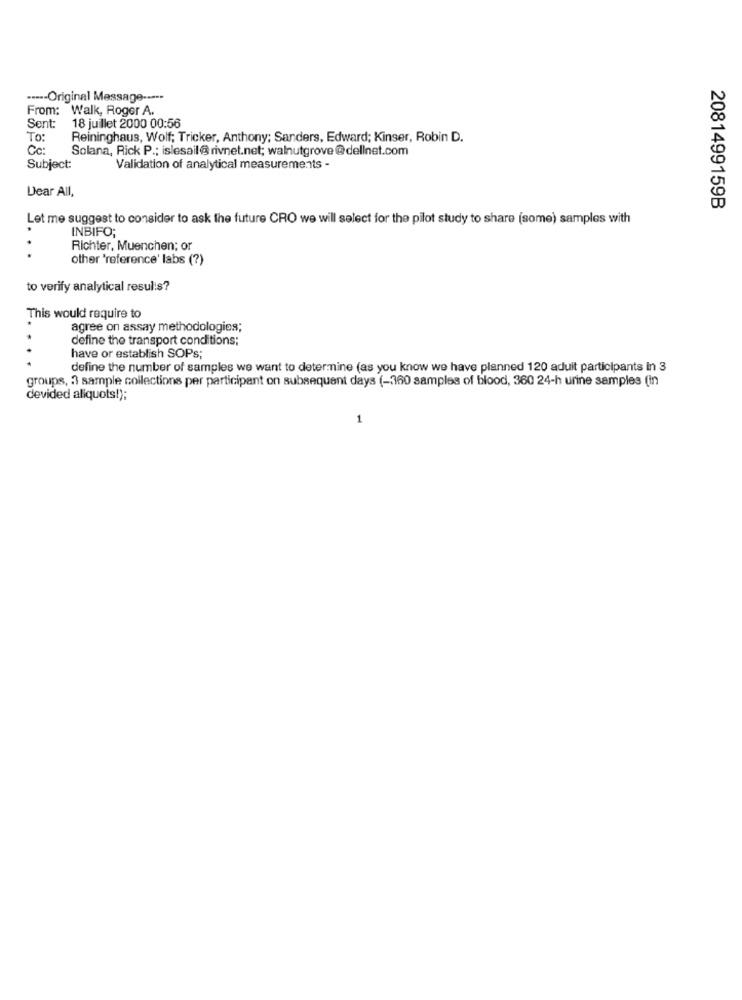
----- Original Message -----
From: Walk, Roger A.
Sent:
18 juillet 2000 00:56
To:
Reininghaus, Wolf; Tricker, Anthony; Sanders, Edward; Kinser, Robin D.
Cc:
Solana, Rick P .; islesail@ rivnet.net; walnutgrove@dellnet.com
Subject:
Validation of analytical measurements -
Dear All,
2081499159B
Let me suggest to consider to ask the future CRO we will select for the pilot study to share (some) samples with
INBIFO;
Richter, Muenchen; or
other 'reference' labs (?)
to verify analytical results?
This would require to
agree on assay methodologies;
define the transport conditions;
have or establish SOPs;
define the number of samples we want to determine (as you know we have planned 120 aduit participants In 3
groups, 3 sample collections per participant on subsequent days (-360 samples of blood, 360 24-h urine samples (in
devided aliquots!);
1